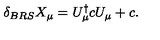
\delta _ { B R S } X _ { \mu } = U _ { \mu } ^ { \dagger } c U _ { \mu } + c .